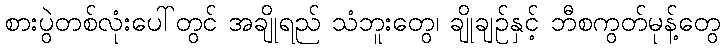
စားပွဲတစ်လုံးပေါ်တွင် အချိုရည် သံဘူးတွေ၊ ချိုချဉ်နှင့် ဘီစကွတ်မုန့်တွေ